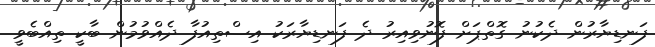
ފަނޑިޔާރުން ދެކުނު ގޮތްޕަށް ފޮނުވިއިރު ދެ ފަނޑިޔާރަކު އިސްތިއުފާ ދެއްވުމުން ބާކީ ތިއްބެވީ